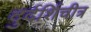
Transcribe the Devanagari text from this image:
दुर्दर्शिचीत्र